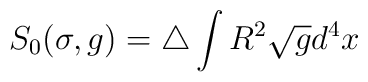
S_{0}(\sigma,g) = \triangle\int R^2\sqrt{g}d^4x